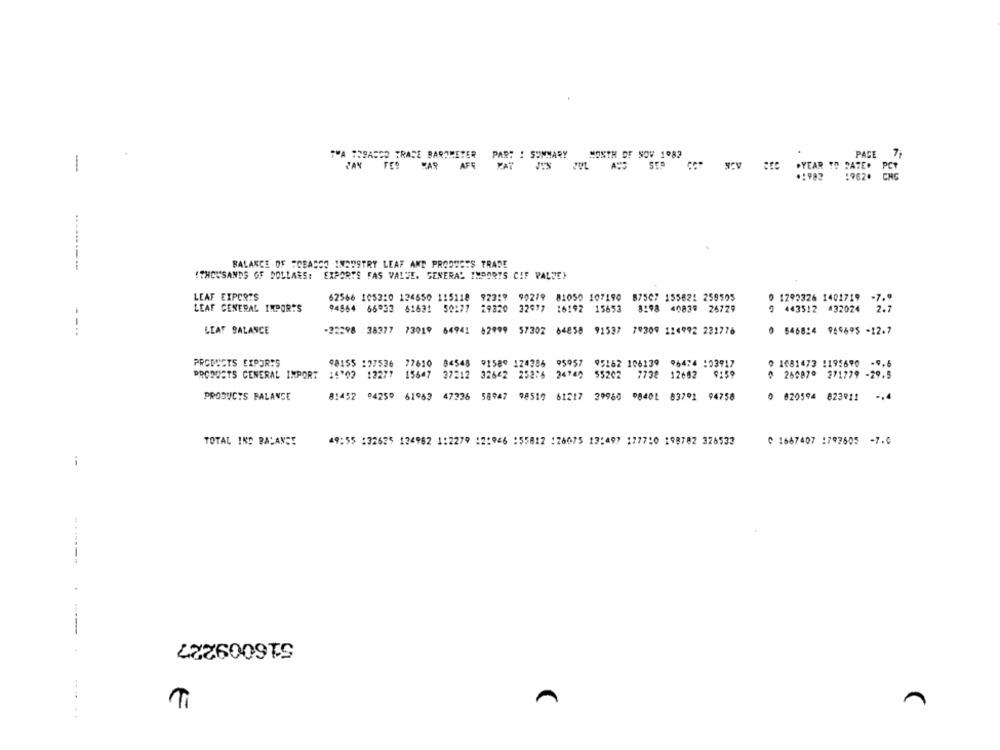
THA TOBACCO TRACE BAROMETER
PAR! ! SUMMARY
MONTH OF SOV 1982
PACE
7
FEB
AFG
MAT
.YEAR TO DATE# PCT
-
*1983
1962. CHC
BALANCE OF "CBASSO INAUSTRY LEAF AND PRODUCTS TRADE
"THOUSANDS OF DOLLARS: EXPORTS FAS VALUE. GENERAL IMPORTS CIF VALUE)
LEAF EXPORTS
62566 105220 124650 115118 923:9 902/9 81050 107190 87507 155822 259505
0 1292326 1401719
LEAF GENERAL IMPORTS
94564 66933 61631 50177 29320 32677 16192 15653 8:98 40839 26729
0 443512 432024
--..
LEAF BALANCE
-22298 38377 73019 84941 62999 57302 64858 91537 79309 124992 232776
0 5468:4 969695 -12.7
PRODUCTS EXPORTS
98155 :27536 77610 84548 91580 174286 95957 05262 106130 96474 :03917
0 1081473 1195690
PRODUCTS GENERAL IMPORT 14"02 12277 15647 27212 32642 252:6 24740 55202 7738 12602
9:59
0 26087º 271779 -29.5
PRODUCTS PALANCE
81452 04259 61963 47236 58947 98519 61217 39960 08401 837º1 94758
0 820594 823911
-. 4
TOTAL INC BALANCE
49:55 :32625 124962 1:2279 12:966 :55812 126075 13:497 1777:0 198782 326533
0 1667407 :793505 -7.0
--
--
516009227